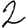
Digit: 2